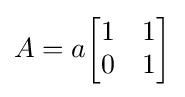
A=a{\begin{bmatrix}1&1\\0&1\end{bmatrix}}